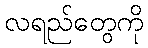
လရည်တွေကို